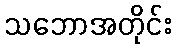
သဘောအတိုင်း